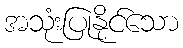
အသုံးပြုနိုင်သော